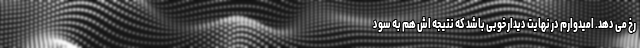
رخ می دهد. امیدوارم در نهایت دیدار خوبی باشد که نتیجه اش هم به سود